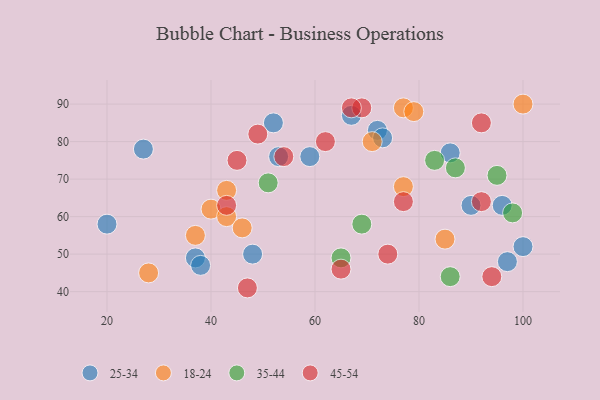
{"axis": {"x": "GDP", "y": "Life Expectancy"}, "legend": ["18-24", "25-34", "35-44", "45-54"], "data": [{"x": "72", "y": 83, "type": "25-34"}, {"x": "90", "y": 63, "type": "25-34"}, {"x": "27", "y": 78, "type": "25-34"}, {"x": "20", "y": 58, "type": "25-34"}, {"x": "37", "y": 49, "type": "25-34"}, {"x": "97", "y": 48, "type": "25-34"}, {"x": "52", "y": 85, "type": "25-34"}, {"x": "73", "y": 81, "type": "25-34"}, {"x": "86", "y": 77, "type": "25-34"}, {"x": "38", "y": 47, "type": "25-34"}, {"x": "59", "y": 76, "type": "25-34"}, {"x": "100", "y": 52, "type": "25-34"}, {"x": "48", "y": 50, "type": "25-34"}, {"x": "96", "y": 63, "type": "25-34"}, {"x": "67", "y": 87, "type": "25-34"}, {"x": "53", "y": 76, "type": "25-34"}, {"x": "85", "y": 54, "type": "18-24"}, {"x": "77", "y": 89, "type": "18-24"}, {"x": "40", "y": 62, "type": "18-24"}, {"x": "28", "y": 45, "type": "18-24"}, {"x": "71", "y": 80, "type": "18-24"}, {"x": "77", "y": 68, "type": "18-24"}, {"x": "43", "y": 60, "type": "18-24"}, {"x": "100", "y": 90, "type": "18-24"}, {"x": "79", "y": 88, "type": "18-24"}, {"x": "46", "y": 57, "type": "18-24"}, {"x": "37", "y": 55, "type": "18-24"}, {"x": "43", "y": 67, "type": "18-24"}, {"x": "83", "y": 75, "type": "35-44"}, {"x": "51", "y": 69, "type": "35-44"}, {"x": "98", "y": 61, "type": "35-44"}, {"x": "86", "y": 44, "type": "35-44"}, {"x": "69", "y": 58, "type": "35-44"}, {"x": "95", "y": 71, "type": "35-44"}, {"x": "87", "y": 73, "type": "35-44"}, {"x": "65", "y": 49, "type": "35-44"}, {"x": "45", "y": 75, "type": "45-54"}, {"x": "69", "y": 89, "type": "45-54"}, {"x": "94", "y": 44, "type": "45-54"}, {"x": "92", "y": 64, "type": "45-54"}, {"x": "77", "y": 64, "type": "45-54"}, {"x": "92", "y": 85, "type": "45-54"}, {"x": "43", "y": 63, "type": "45-54"}, {"x": "67", "y": 89, "type": "45-54"}, {"x": "62", "y": 80, "type": "45-54"}, {"x": "74", "y": 50, "type": "45-54"}, {"x": "47", "y": 41, "type": "45-54"}, {"x": "54", "y": 76, "type": "45-54"}, {"x": "49", "y": 82, "type": "45-54"}, {"x": "65", "y": 46, "type": "45-54"}]}